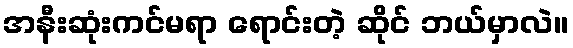
အနီးဆုံးကင်မရာ ရောင်းတဲ့ ဆိုင် ဘယ်မှာလဲ။